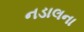
નડાલના